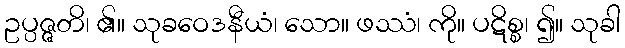
ဥပ္ပဇ္ဇတိ၊ ၏။ သုခဝေဒနီယံ၊ သော။ ဖဿံ၊ ကို။ ပဋိစ္စ၊ ၍။ သုခါ